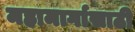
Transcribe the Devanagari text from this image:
महामार्गासाठी